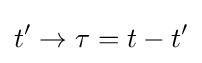
t'\to \tau =t-t'